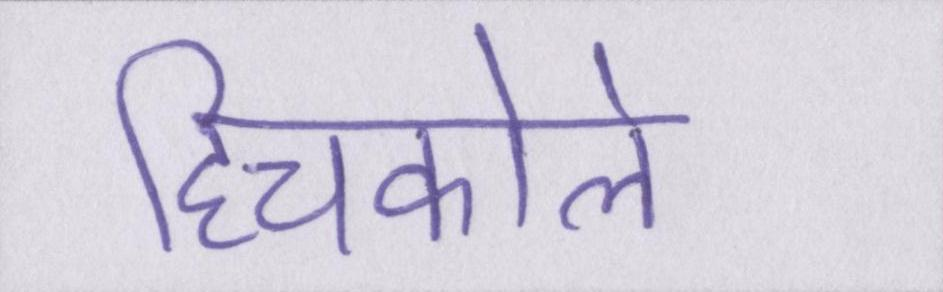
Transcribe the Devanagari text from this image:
हिचकोले